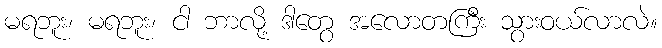
မရဘူး၊ မရဘူး၊ ငါ ဘာလို့ ဒါတွေ အလောတကြီး သွားဝယ်လာလဲ။